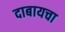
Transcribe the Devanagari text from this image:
दाबायचा